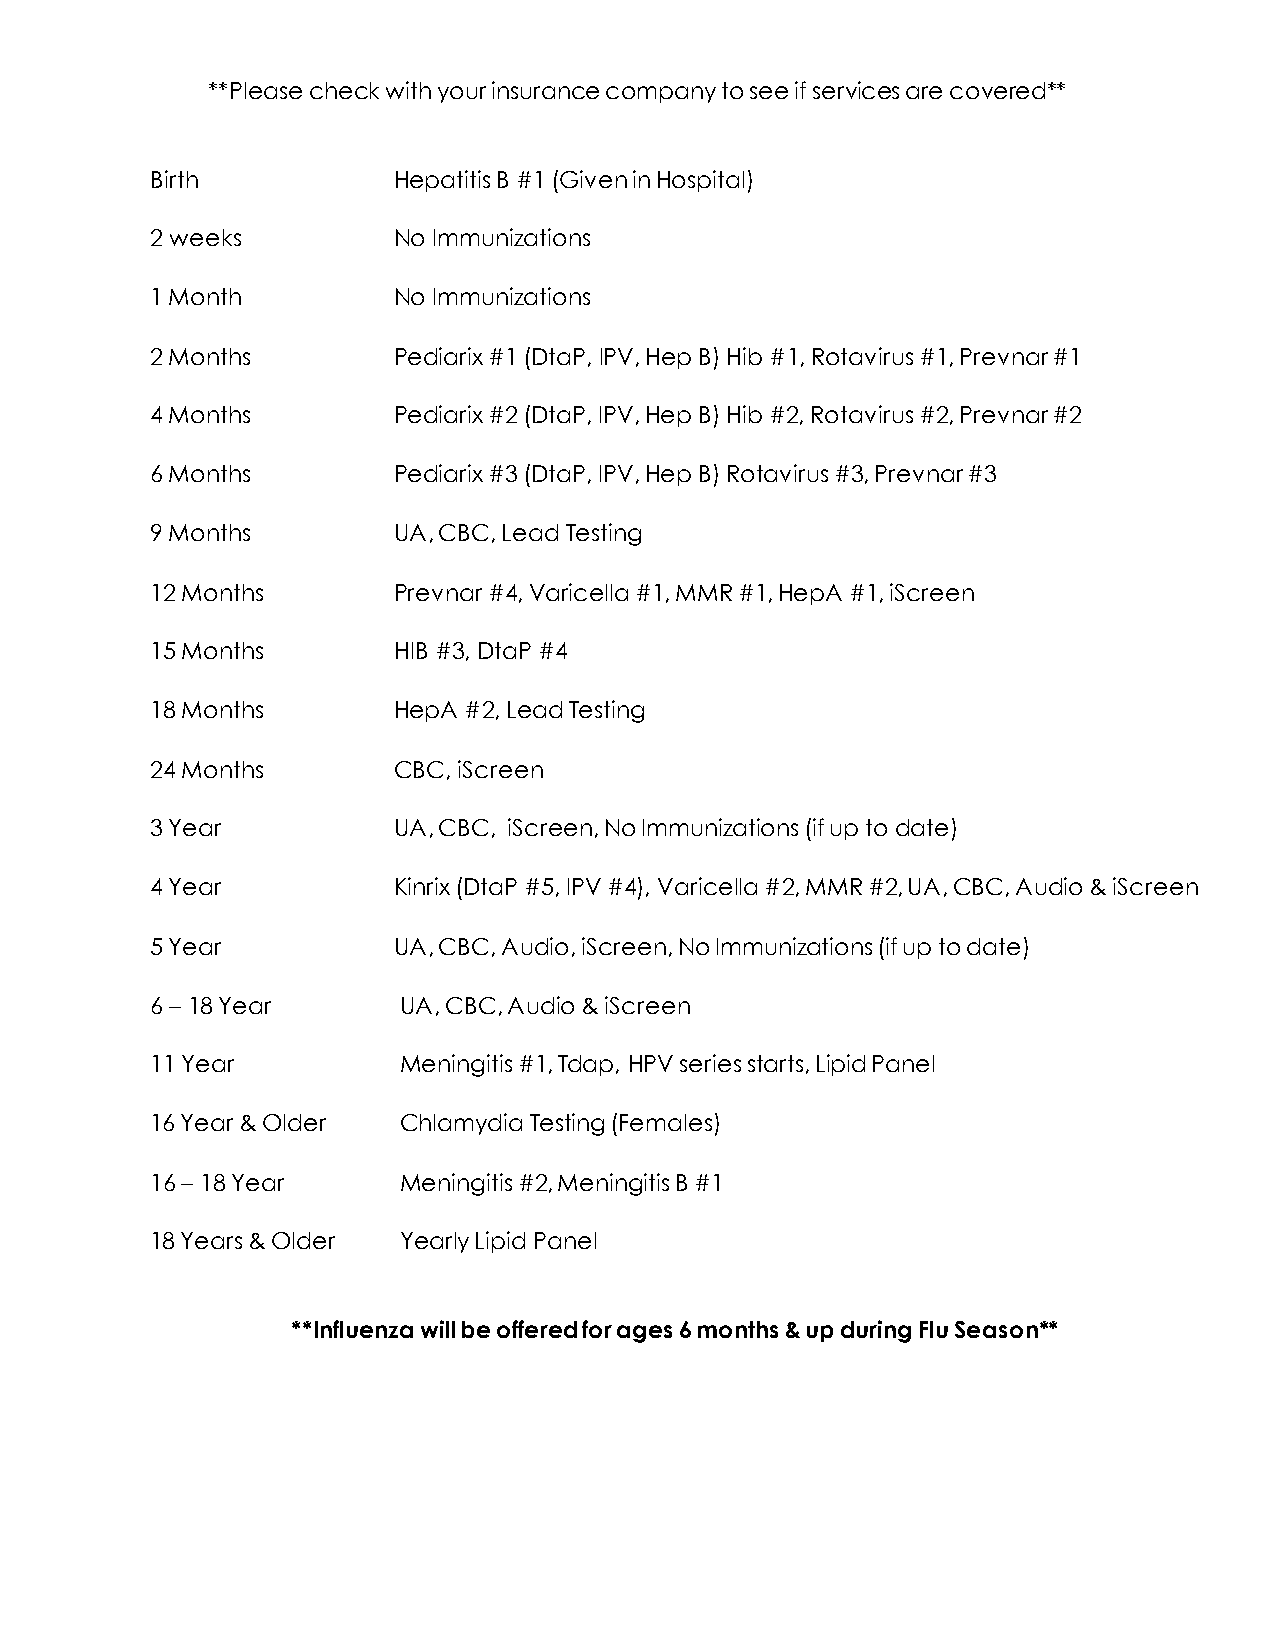
**Please check with your insurance company to see if services are covered**
 Birth           Hepatitis B #1 (Given in Hospital)
 2 weeks         No Immunizations
 1 Month         No Immunizations
 2 Months        Pediarix #1 (DtaP, IPV, Hep B) Hib #1, Rotavirus #1, Prevnar #1
 4 Months        Pediarix #2 (DtaP, IPV, Hep B) Hib #2, Rotavirus #2, Prevnar #2
 6 Months        Pediarix #3 (DtaP, IPV, Hep B) Rotavirus #3, Prevnar #3
 9 Months        UA, CBC, Lead Testing
 12 Months       Prevnar #4, Varicella #1, MMR #1, HepA #1, iScreen
 15 Months       HIB #3, DtaP #4
 18 Months       HepA #2, Lead Testing
 24 Months       CBC, iScreen
 3 Year          UA, CBC, iScreen, No Immunizations (if up to date)
 4 Year          Kinrix (DtaP #5, IPV #4), Varicella #2, MMR #2, UA, CBC, Audio & iScreen
 5 Year          UA, CBC, Audio, iScreen, No Immunizations (if up to date)
 6 – 18 Year      UA, CBC, Audio & iScreen
 11 Year          Meningitis #1, Tdap, HPV series starts, Lipid Panel
 16 Year & Older  Chlamydia Testing (Females)
 16 – 18 Year     Meningitis #2, Meningitis B #1
 18 Years & Older Yearly Lipid Panel
 **Influenza will be offered for ages 6 months & up during Flu Season**